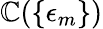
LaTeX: \mathbb{C}(\{ \epsilon_{m}\} )